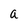
Character: a